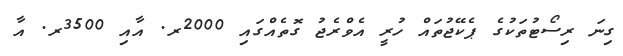
ގިނަ ރިސޯޓުތަކުގެ ޕެކޭޖުތައް ހުރީ އެވްރެޖު ގޮތެއްގައި 2000ރ. އާއި 3500ރ. އާ